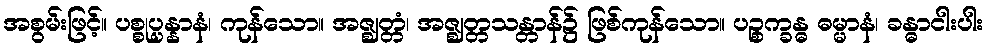
အစွမ်းဖြင့်။ ပစ္စုပ္ပန္နာနံ၊ ကုန်သော။ အဇ္ဈတ္တံ၊ အဇ္ဈတ္တသန္တာန်၌ ဖြစ်ကုန်သော။ ပဉ္စက္ခန္ဓ ဓမ္မာနံ၊ ခန္ဓာငါးပါး